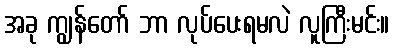
အခု ကျွန်တော် ဘာ လုပ်ပေးရမလဲ လူကြီးမင်း။